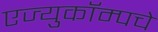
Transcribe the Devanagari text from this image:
एज्युकॉम्पचे